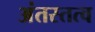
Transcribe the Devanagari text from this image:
अंतस्तत्व